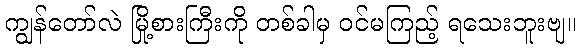
ကျွန်တော်လဲ မြို့စားကြီးကို တစ်ခါမှ ဝင်မကြည့် ရသေးဘူးဗျ။